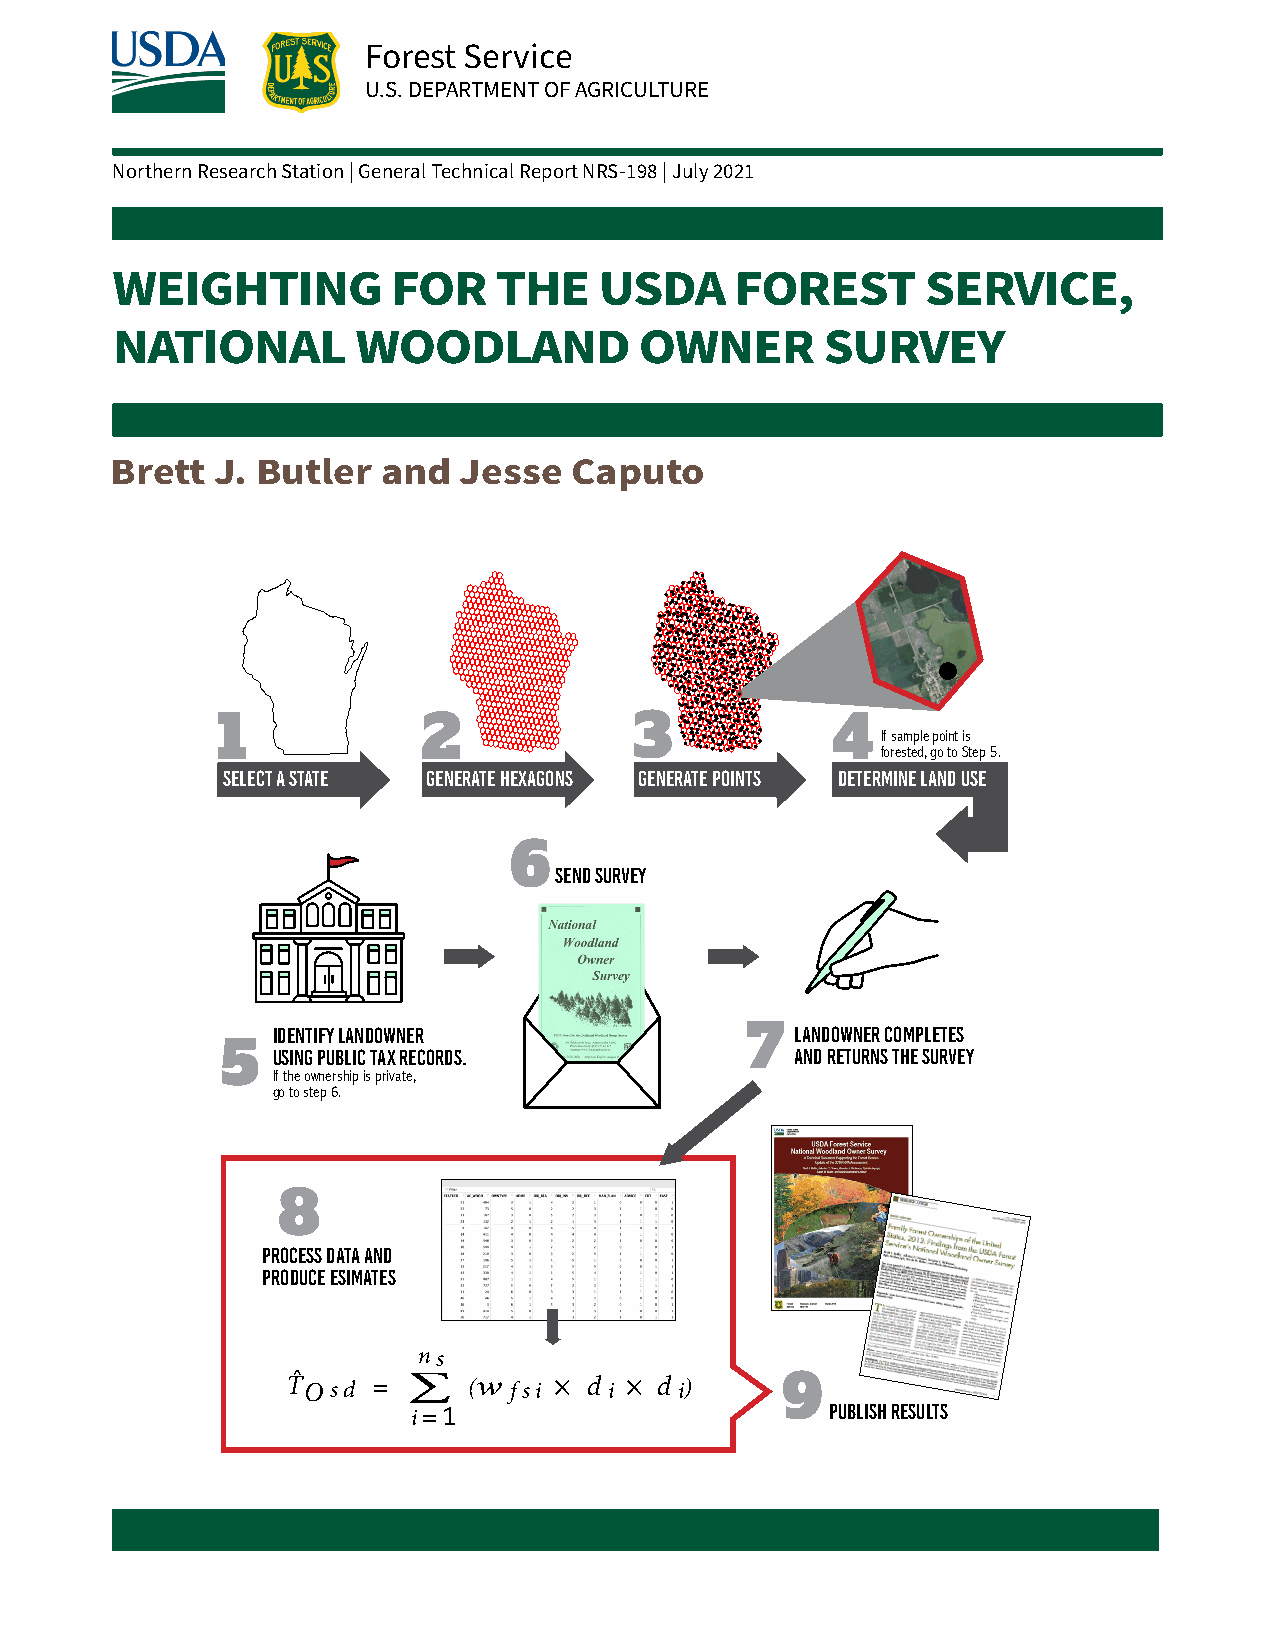
Forest Service
 U.S. DEPARTMENT OF AGRICULTURE
 Northern Research Station | General Technical Report NRS-198 | July 2021
 WEIGHTING          FOR    THE    USDA     FOREST      SERVICE,
 NATIONAL         WOODLAND          OWNER        SURVEY
 USDA FOREST SERVICE, FOREST INVENTORY AND ANALYSIS
 National     Woodland        Owner     Survey
 Brett  J. Butler  and  Jesse   Caputo
 Sampling       and   Estimation
 1             2             3            4
 If sample point is
 forested, go to Step 5.
 Select a state Generate hexagons Generate points Determine land use
 6
 SEND SURVEY
 7
 Identify LANDowner                 LANDOWNER COMPLETES
 5
 Using public tax records.          AND RETURNS THE SURVEY
 If the ownership is private,
 go to step 6.
 8
 PROCESS DATA AND
 PRODUCE ESIMATES
 n s
 T O s d ⁼ ∑ (w f s i × d i × d i) 9
 PUBLISH RESULTS
 i⁼1
 For more information visit: www.fia.fs.fed.us/nwos